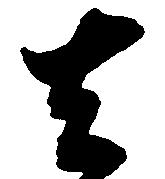
去